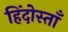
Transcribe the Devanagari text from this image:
हिंदोस्ताँ